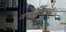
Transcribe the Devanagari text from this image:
जगदोद्धारासाठी